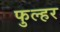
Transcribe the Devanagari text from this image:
फुल्हर